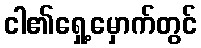
ငါ၏ရှေ့မှောက်တွင်